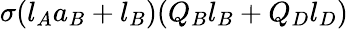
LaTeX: \sigma(l_{A}a_{B}+l_{B})(Q_{B}l_{B}+Q_{D}l_{D})